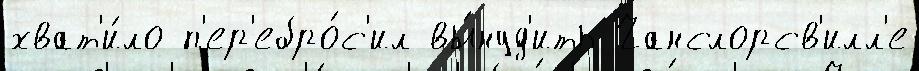
хват'и́ло п'ер'ебро́с'ил вы́нуд'ить Чанслорсв'илл'е